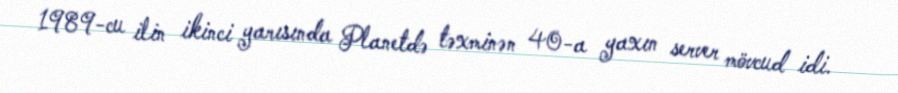
1989-cu ilin ikinci yarısında Planetdə təxminən 40-a yaxın server mövcud idi.